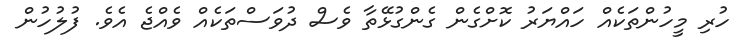
ހުރި މީހުންތަކެއް ހައްޔަރު ކޮށްގެން ގެންގުޅޭތާ ވެސް ދުވަސްތަކެއް ވެއްޖެ އެވެ. ފުލުހުން